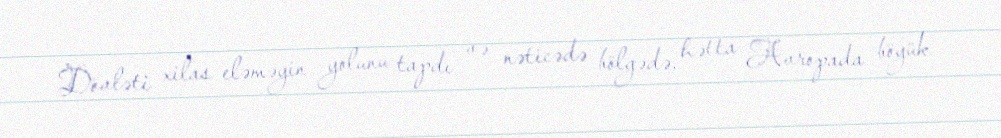
Dövləti xilas eləməyin yolunu tapdı və nəticədə bölgədə, hətta Avropada böyük